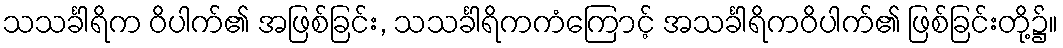
သသင်္ခါရိက ဝိပါက်၏ အဖြစ်ခြင်း, သသင်္ခါရိကကံကြောင့် အသင်္ခါရိကဝိပါက်၏ ဖြစ်ခြင်းတို့၌။